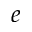
e